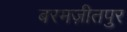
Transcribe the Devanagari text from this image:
बरमज़ीतपुर